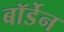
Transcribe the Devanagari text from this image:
बॉर्डेन